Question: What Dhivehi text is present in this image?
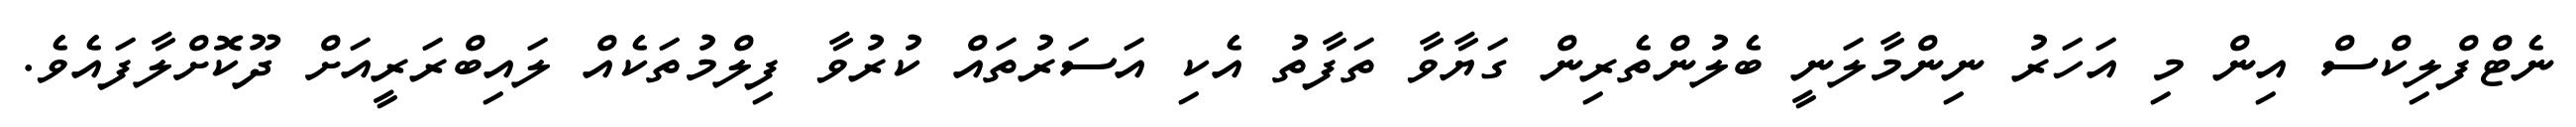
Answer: ނެޓްފްލިކްސް އިން މި އަހަރު ނިންމާލަނީ ބެލުންތެރިން ގަޔާވާ ތަފާތު އެކި އަސަރުތައް ކުރުވާ ފިލްމުތަކެއް ލައިބްރަރީއަށް ދޫކޮށްލާފައެވެ.